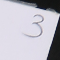
3